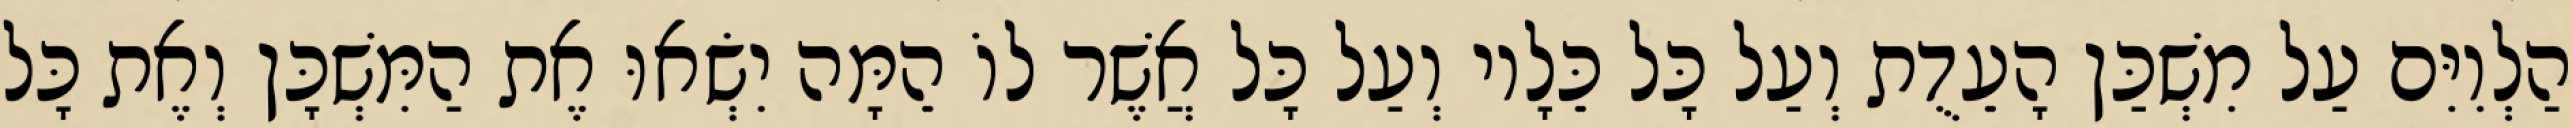
הַלְוִיִּם עַל מִשְׁכַּן הָעֵדֻת וְעַל כָּל כֵּלָיו וְעַל כָּל אֲשֶׁר לוֹ הֵמָּה יִשְׂאוּ אֶת הַמִּשְׁכָּן וְאֶת כָּל